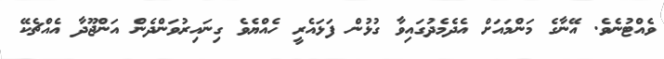
ވެއްޓުނެވެ. އޭނާގެ މަންމައަށް އެދެމެދުގައިވާ ގުޅުން ފަޅައެރީ ހެއްޔެވެ ގިނައިރުވަންދެން އަންޖޫދާ އެއްޗެކޭ